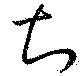
知